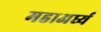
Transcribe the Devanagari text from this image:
महाअर्घ्य